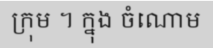
ក្រុម ។ ក្នុង ចំណោម